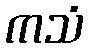
ကသံ